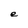
Character: e